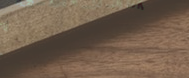
خدمات إصلاح الأجهزة المنز